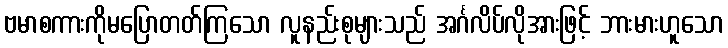
ဗမာစကားကိုမပြောတတ်ကြသော လူနည်းစုများသည် အင်္ဂလိပ်လိုအားဖြင့် ဘားမားဟူသော